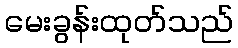
မေးခွန်းထုတ်သည်